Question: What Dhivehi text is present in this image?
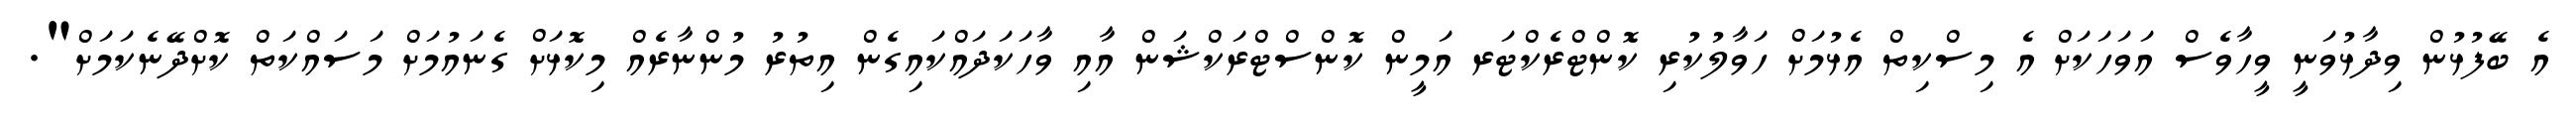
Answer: އެ ބޭފުޅުން ވިދާޅުވަނީ ވީހާވެސް އަވަހަކަށް އެ މިސްކިތް އެޅުމަށް ހަވާލުކުރި ކޮންޓްރެކްޓަރ އަމީން ކޮންސްޓްރަކްޝަން އާއި ވާހަކަދައްކައިގެން އިތުރު މުންނާރެއް މިކޮޅަށް ގެނައުމަށް މަސައްކަތް ކޮށްދޭނެކަމަށް".